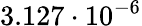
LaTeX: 3.127\cdot 10^{-6}